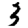
Digit: 3